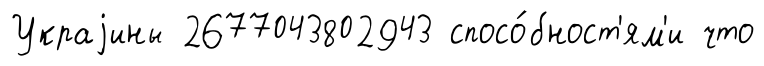
Украjины 2677043802943 спосо́бност'ям'и что